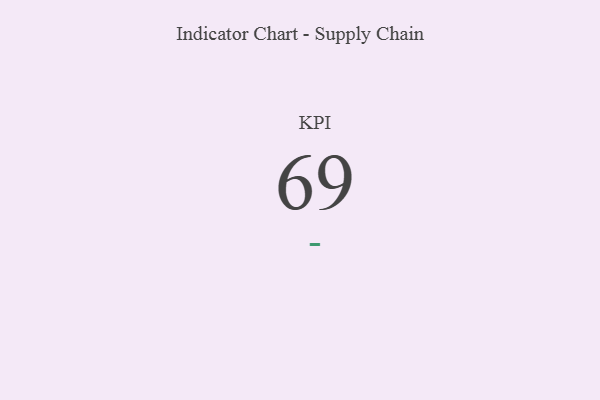
{"axis": {"x": "KPI", "y": "Value"}, "legend": [""], "data": [{"x": "KPI", "y": 69, "type": ""}]}